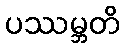
ပဿမ္ဘတိ